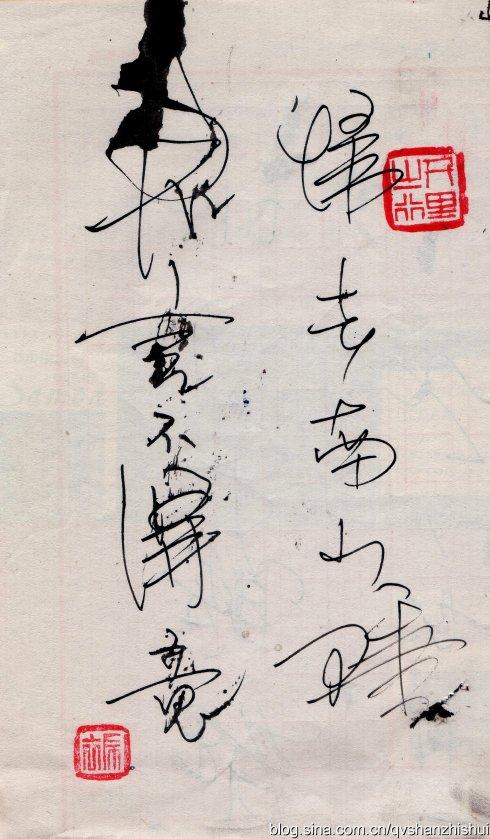
君言不得意，归卧南山陲。